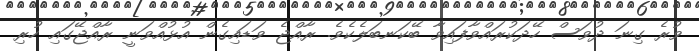
ވުރެ ގިނަ ދުވަސް ހޭދަކުރައްވާފައިވާ ބޭކަނބަލެކެވެ. ރާއްޖެ ވަޑައިގެން އުޅުއްވަނީ ރާއްޖޭގައި ހުރި